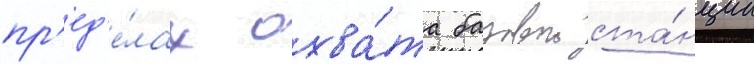
пр'ед'е́лах охва́та базовои ста́нции